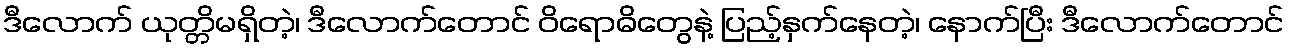
ဒီလောက် ယုတ္တိမရှိတဲ့၊ ဒီလောက်တောင် ဝိရောဓိတွေနဲ့ ပြည့်နှက်နေတဲ့၊ နောက်ပြီး ဒီလောက်တောင်